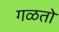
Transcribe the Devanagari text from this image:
गळतो